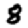
Digit: 8